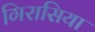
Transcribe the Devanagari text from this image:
गिरासिया